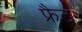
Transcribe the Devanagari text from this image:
फ्रैट